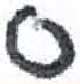
אות: ס